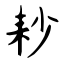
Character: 耖